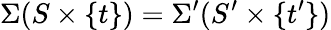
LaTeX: \Sigma(S\times\{ t\} )=\Sigma^{\prime}(S^{\prime}\times\{ t^{\prime}\} )